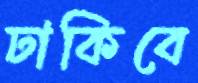
ঢাকিবে